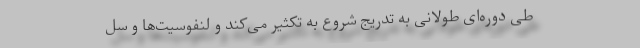
طی دوره‌ای طولانی به تدریج شروع به تکثیر می‌کند و لنفوسیت‌ها و سل